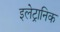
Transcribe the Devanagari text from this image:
इलेट्रानिक